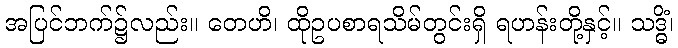
အပြင်ဘက်၌လည်း။ တေဟိ၊ ထိုဥပစာရသိမ်တွင်းရှိ ရဟန်းတို့နှင့်။ သဒ္ဓိံ၊